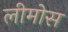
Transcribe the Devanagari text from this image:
लीमोस